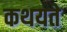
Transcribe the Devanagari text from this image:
कथयते